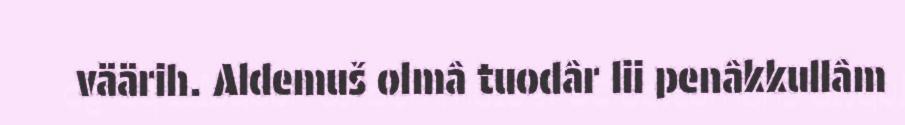
väärih. Aldemuš olmâ tuodâr lii penâkkullâm